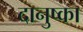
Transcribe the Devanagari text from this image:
दानुष्का